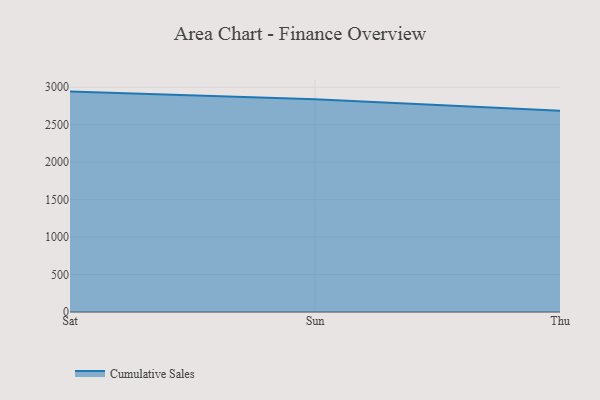
{"axis": {"x": "Day", "y": "Page Views"}, "legend": ["Cumulative Sales"], "data": [{"x": "Sat", "y": 2940.6, "type": "Cumulative Sales"}, {"x": "Sun", "y": 2839.2, "type": "Cumulative Sales"}, {"x": "Thu", "y": 2686.7, "type": "Cumulative Sales"}]}